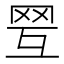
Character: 𦊍